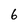
Character: 6